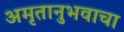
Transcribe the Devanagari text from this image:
अमृतानुभवाचा